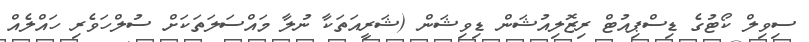
ސިވިލް ކޯޓުގެ ޑިސްޕިއުޓް ރިޒޮލިއުޝަން ޑިވިޝަން (ޝަރީއަތަކާ ނުލާ މައްސަލަތަކަށް ސުލްހަވެރި ހައްލެއް